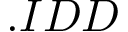
. I D D